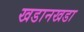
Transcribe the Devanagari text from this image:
खडानखडा